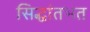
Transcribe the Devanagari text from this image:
सिद्धांतभत